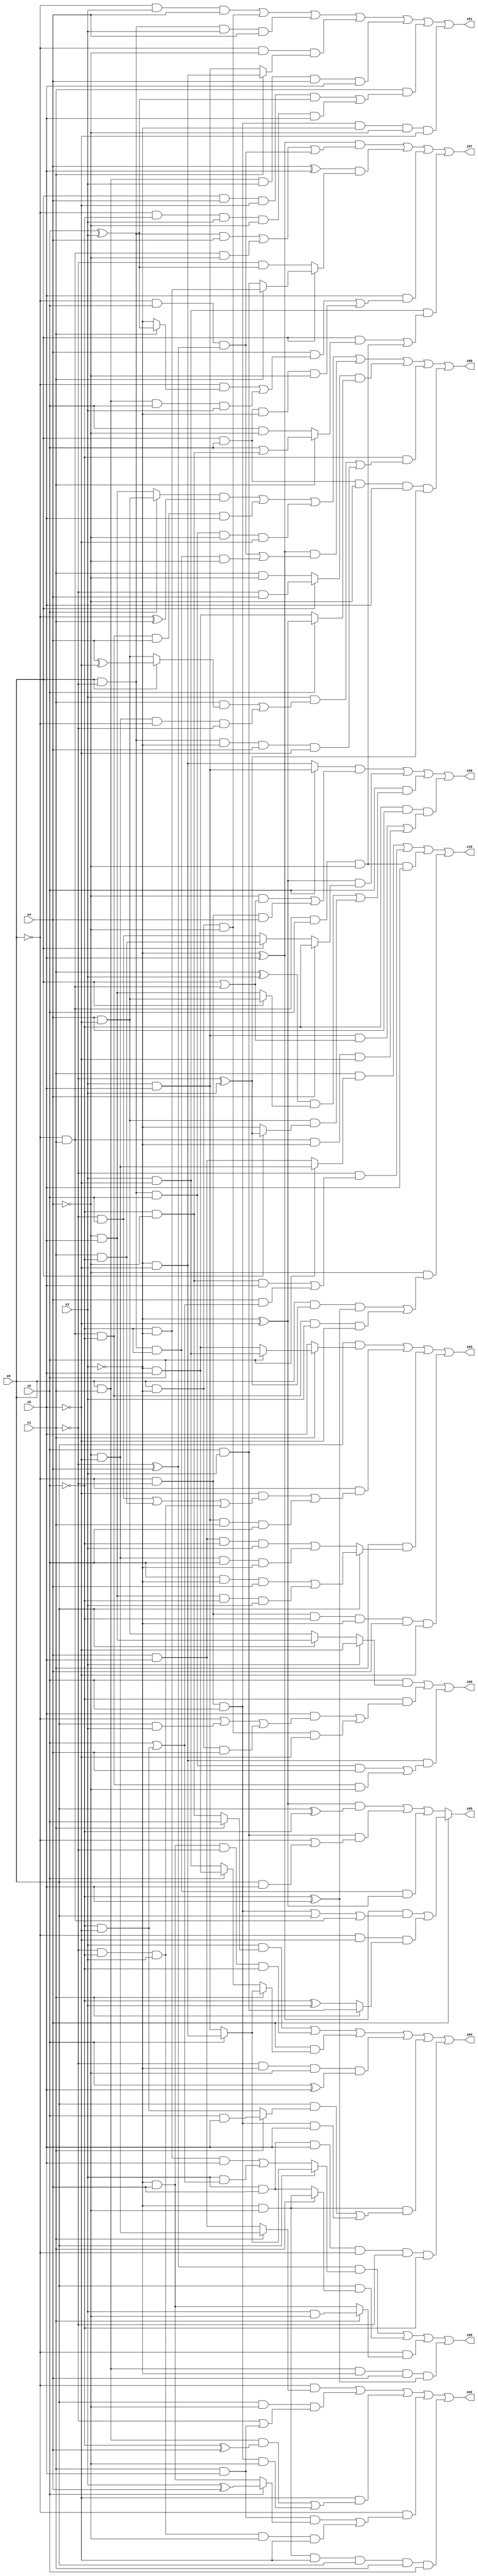
// Benchmark "X_61" written by ABC on Mon Jun 05 06:22:42 2023

module X_61 ( 
    x0, x1, x2, x3, x4, x5,
    z00, z01, z02, z03, z04, z05, z06, z07, z08, z09, z10  );
  input  x0, x1, x2, x3, x4, x5;
  output z00, z01, z02, z03, z04, z05, z06, z07, z08, z09, z10;
  assign z00 = (x2 & (x3 ? ~x5 : (x0 ? (~x4 & x5) : (x4 & ~x5)))) | (~x2 & ((x5 & (~x0 | (x0 & x3) | (x0 & ~x3 & x4))) | (x0 & ~x3 & ~x4 & ~x5))) | (~x3 & ~x5 & ((x0 & ~x1 & x2 & x4) | (~x0 & x1 & ~x2 & ~x4)));
  assign z01 = (~x0 & x3 & x4) | (x0 & ~x3 & ~x4) | (x0 & ~x1 & x3 & x4) | (~x0 & ~x4 & (x1 ? (~x3 & ~x5) : (x3 & x5))) | (x0 & x1 & x3 & x4 & x5) | (x1 & ((x0 & x4 & ~x5 & (x2 ^ x3)) | (~x0 & ~x2 & x3 & ~x4 & x5))) | (~x0 & ~x1 & x2 & ~x3 & ~x4 & ~x5);
  assign z02 = (~x0 & (x1 ? (~x4 & ~x5) : (x4 & x5))) | (x0 & ~x4 & (~x1 | (x1 & x5))) | (~x5 & ((x0 & x1 & (~x2 ^ x4)) | (~x0 & ~x1 & x2 & ~x4))) | (~x0 & ((x1 & x5 & (x2 ? (x3 ^ x4) : (~x3 & x4))) | (~x1 & ~x2 & x3 & ~x4 & ~x5))) | (~x3 & ~x4 & ~x5 & x0 & x1 & x2);
  assign z03 = (x0 & (x1 ? (x2 ? (x3 & ~x5) : (~x3 & x5)) : x5)) | (~x0 & ((~x5 & ((~x1 & x2) | (x1 & ~x2) | (~x1 & ~x2 & x3))) | (x3 & x5 & x1 & x2))) | (x1 & (x0 ? ((x2 & ~x3 & x4) | (~x4 & x5 & ~x2 & x3)) : ((x4 & x5 & ~x2 & x3) | (~x4 & ~x5 & x2 & ~x3)))) | (~x0 & ~x1 & ~x2 & ~x3 & x4 & ~x5);
  assign z04 = (x3 & (x1 ? x2 : (~x2 & ~x4))) | (~x3 & x4 & ~x1 & ~x2) | (x4 & (x1 ? (x2 ? (~x3 & ~x5) : (x3 & x5)) : (x2 ? (~x3 & x5) : (x3 & ~x5)))) | (~x1 & ~x3 & ~x4 & (x2 ^ x5)) | (~x3 & ~x4 & ((x0 & (x1 ? (x2 & x5) : (~x2 & ~x5))) | (~x0 & ~x1 & x2 & x5))) | (x3 & x4 & x5 & ~x0 & ~x1 & ~x2);
  assign z05 = x4 ? (((~x3 ^ x5) & ((~x0 & ~x1 & x2) | x0 | (~x0 & x1))) | (~x0 & ~x5 & (x1 ? (x2 & x3) : (~x2 ^ x3)))) : (((~x3 ^ ~x5) & (x0 ^ ~x2)) | (x2 & x3 & (~x0 | (x0 & x5))) | (x0 & ~x1 & ~x2 & (~x3 ^ ~x5)));
  assign z06 = ((x2 ? (x3 & x5) : (~x3 & ~x5)) & ((~x4 & (x0 | (~x0 & x1))) | (~x0 & ~x1 & x4))) | ((~x3 ^ ~x5) & (x4 ? ~x2 : (x0 ? (x1 & ~x2) : (~x1 & x2)))) | (x2 & (((x1 ^ x3) & (x0 ? (x4 & ~x5) : (~x4 & x5))) | (x4 & ~x5 & (x0 ? (~x1 ^ x3) : ~x3)))) | (~x2 & x4 & ((x3 & x5 & (x0 | (~x0 & x1))) | (~x0 & x1 & ~x3 & ~x5)));
  assign z07 = ((~x3 ^ x5) & ((x0 & ~x1 & x4) | (~x0 & x1 & ~x4) | (~x0 & x2 & (~x1 ^ x4)))) | ((x4 ^ x5) & (x0 ? (x1 ? (~x2 & ~x3) : (x2 & x3)) : (~x1 & (x2 ^ x3)))) | (x5 & ((x4 & ((~x0 & (x1 ? (x2 ^ x3) : ~x3)) | (x0 & x1 & x2 & x3))) | (x0 & x2 & ~x3 & ~x4))) | (x3 & ~x5 & ((x0 & (x1 ? (x2 | (~x2 & ~x4)) : (x2 & ~x4))) | (~x0 & x1 & x2 & ~x4)));
  assign z08 = ((x2 ? (x4 & ~x5) : (~x4 & x5)) & (~x0 ^ x1)) | (~x0 & x1 & ~x2 & x4 & x5) | (x0 & ~x1 & x2 & ~x4 & ~x5) | ((~x3 ^ x5) & ((~x0 & x2 & (~x1 ^ x4)) | (x0 & ~x1 & ~x2 & ~x4))) | ((x0 ? (~x1 & x4) : (x1 & ~x4)) & (x2 ? (~x3 ^ ~x5) : (~x3 & x5))) | (~x2 & ((x3 & ((x1 & (x0 ? (x4 ^ ~x5) : (x4 & ~x5))) | (~x4 & ~x5 & ~x0 & ~x1))) | (x0 & ~x1 & ~x3 & x4 & ~x5))) | (x0 & x2 & ~x4 & x5 & (~x1 ^ x3));
  assign z09 = ((~x1 ^ x4) & (x0 ? (x2 ? (~x3 & ~x5) : (x3 & x5)) : ((~x2 & ~x3 & x5) | (x3 & (x2 | (~x2 & ~x5)))))) | (x0 & (x1 ? (~x3 & ~x4) : (x3 & x4))) | (~x0 & (x1 ? (x3 & ~x4) : (~x3 & x4))) | (x0 & x1 & ~x3 & x4 & (~x2 ^ x5));
  assign z10 = (x1 & (x2 ? (~x4 & ~x5) : (x4 & x5))) | (~x1 & ((~x2 & ~x4 & x5) | (x4 & (x2 | (~x2 & ~x5))))) | (~x0 & x1 & x2 & ~x4 & x5) | (~x4 & ((x0 & (~x1 ^ x3) & (~x2 ^ x5)) | (~x0 & x1 & ~x2 & x3 & ~x5)));
endmodule